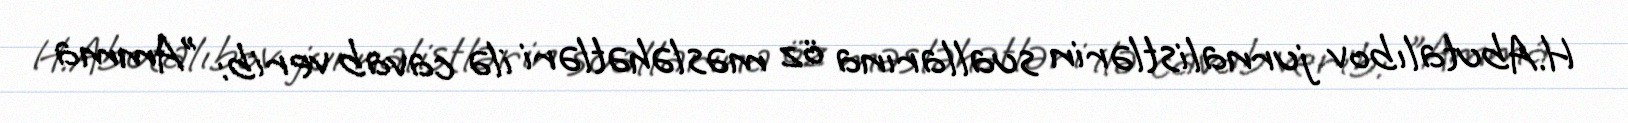
H.Abutalıbov jurnalistlərin suallarına öz məsləhətləri ilə cavab verib: "Amma